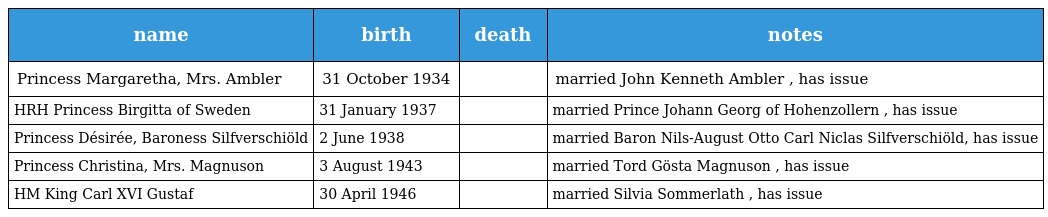
| name | birth | death | notes |
 | --- | --- | --- | --- |
 | Princess Margaretha, Mrs. Ambler | 31 October 1934 |  | married John Kenneth Ambler , has issue |
 | HRH Princess Birgitta of Sweden | 31 January 1937 |  | married Prince Johann Georg of Hohenzollern , has issue |
 | Princess Désirée, Baroness Silfverschiöld | 2 June 1938 |  | married Baron Nils-August Otto Carl Niclas Silfverschiöld, has issue |
 | Princess Christina, Mrs. Magnuson | 3 August 1943 |  | married Tord Gösta Magnuson , has issue |
 | HM King Carl XVI Gustaf | 30 April 1946 |  | married Silvia Sommerlath , has issue |